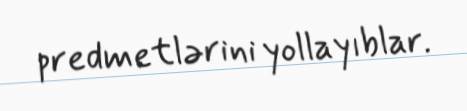
predmetlərini yollayıblar.